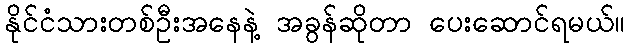
နိုင်ငံသားတစ်ဦးအနေနဲ့ အခွန်ဆိုတာ ပေးဆောင်ရမယ်။